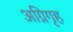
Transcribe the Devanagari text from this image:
अग्निगृह